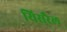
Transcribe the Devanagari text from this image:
यिसरैल